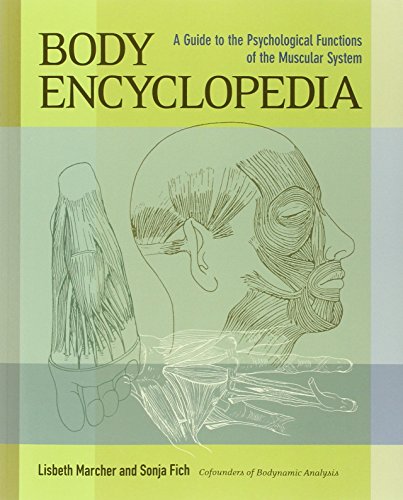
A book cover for Body Encyclopedia: A Guide to the Psychological Functions of the Muscular System; Lisbeth Marcher; Medical Books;